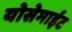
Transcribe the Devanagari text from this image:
योसेमाईट